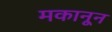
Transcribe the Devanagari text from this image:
मकानून